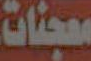
معجنات